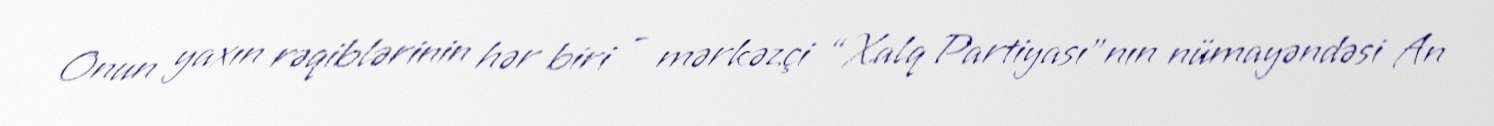
Onun yaxın rəqiblərinin hər biri - mərkəzçi “Xalq Partiyası”nın nümayəndəsi An